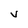
Character: V